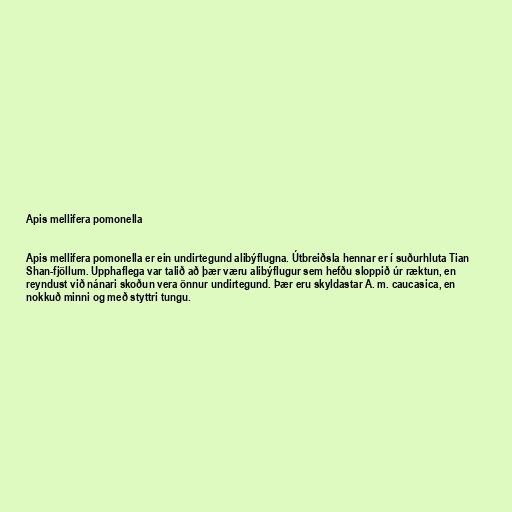
Apis mellifera pomonella

Apis mellifera pomonella er ein undirtegund alibýflugna. Útbreiðsla hennar er í suðurhluta Tian
Shan-fjöllum. Upphaflega var talið að þær væru alibýflugur sem hefðu sloppið úr ræktun, en
reyndust við nánari skoðun vera önnur undirtegund. Þær eru skyldastar A. m. caucasica, en
nokkuð minni og með styttri tungu.